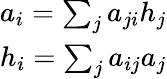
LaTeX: \begin{array}{r}{a_{i}=\sum_{j}a_{ji}h_{j}}\\ {h_{i}=\sum_{j}a_{ij}a_{j}}\end{array}